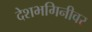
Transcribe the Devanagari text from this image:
देशभगिनीवर